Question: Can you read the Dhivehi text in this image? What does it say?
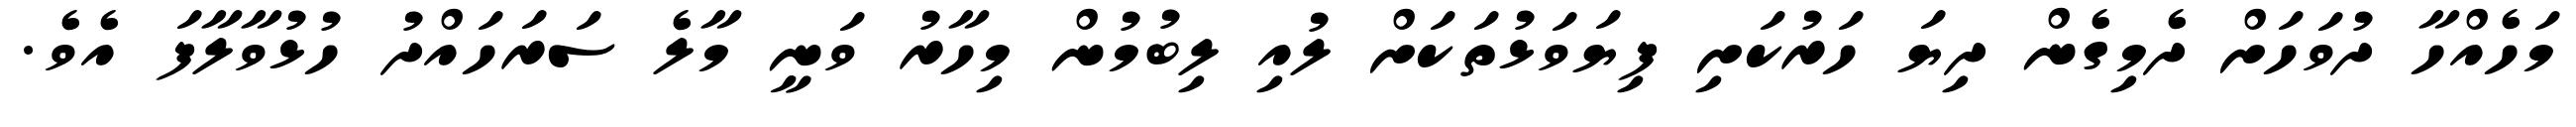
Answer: މަހެއްހާ ދުވަހަށް ދެމިގެން ދިޔަ ހަރުކަށި ފިޔަވަޅުތަކަށް ލުއި ލިބުމުން މިހާރު ވަނީ މާލެ ސަރަހައްދު ހުޅުވާލާފަ އެވެ.